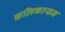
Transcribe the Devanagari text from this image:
कलिकायन